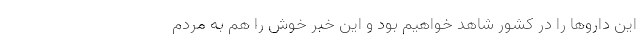
این داروها را در کشور شاهد خواهیم بود و این خبر خوش را هم به مردم